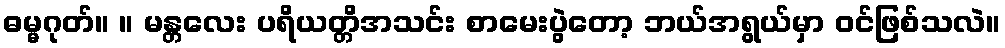
ဓမ္မဂုတ်။ ။ မန္တလေး ပရိယတ္တိအသင်း စာမေးပွဲတော့ ဘယ်အရွယ်မှာ ဝင်ဖြစ်သလဲ။